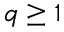
q \geq 1